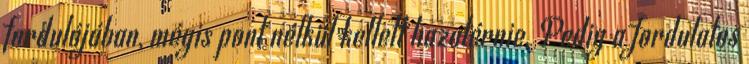
fordulójában, mégis pont nélkül kellett hazatérnie. Pedig a fordulatos